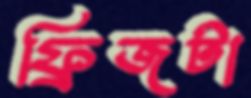
ফ্রিজটা